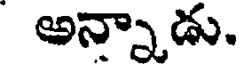
అన్న్నాడు.